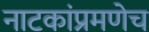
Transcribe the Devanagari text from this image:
नाटकांप्रमणेच